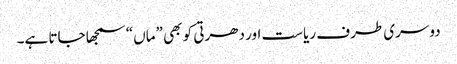
دوسری طرف ریاست اور دھرتی کو بھی ”ماں“ سمجھا جاتا ہے۔